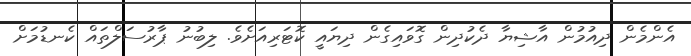
އެންމެން ދިއުމުން އާޝިޔާ ދެކުދިން ގޮވައިގެން ދިޔައީ ކޮޓަރިއަށެވެ. ލިބުނު ޕާރުސަލްތައް ކެނޑުމަށް